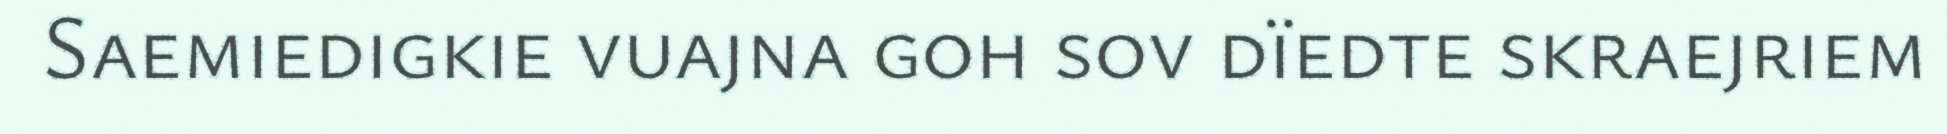
Saemiedigkie vuajna goh sov dïedte skraejriem